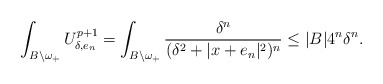
\begin{align*}\int_{{B}\backslash \omega_+} U_{\delta,e_n}^{p+1}= \int_{{B}\backslash \omega_+} \frac{\delta^{n}}{(\delta^2+|x+e_n|^2)^{n}}\leq |{B}| 4^{n}\delta^{n}.\end{align*}